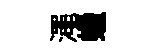
澠蠟